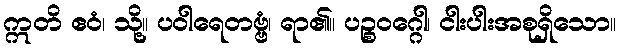
ဣတိ ဧဝံ၊ သို့။ ပဝါရေတဗ္ဗံ၊ ရာ၏။ ပဉ္စဝဂ္ဂေါ၊ ငါးပါးအစုရှိသော။